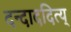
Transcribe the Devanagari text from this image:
दन्दाददित्य्